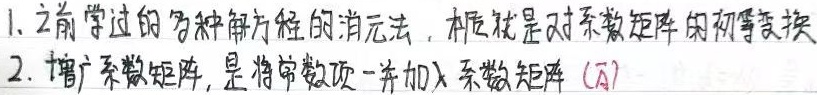
1. 之前学过的多种解方程的消元法，本质就是对系数矩阵的初等变换。
2. 增广系数矩阵，是将常数项一并加入系数矩阵 ($\overline{A}$) 。